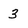
Character: 3